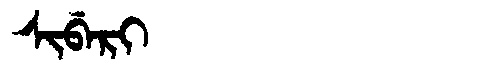
Manchu: ᠰᡳᠪᡝᡵᡳ
Romanization: SIBERI